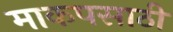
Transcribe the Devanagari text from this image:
माकपसाठी